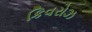
કિવરોઝ